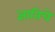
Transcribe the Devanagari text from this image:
ज्ञातिचे